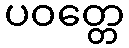
ပဝတ္တေ